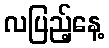
လပြည့်နေ့